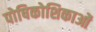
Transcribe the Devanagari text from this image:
पोषिकोशिकाओं